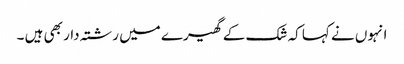
انہوں نے کہا کہ شک کے گھیرے میں رشتہ دار بھی ہیں ۔